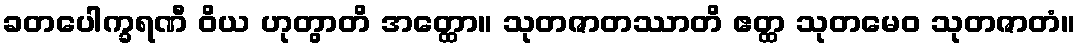
ခတပေါက္ခရဏီ ဝိယ ဟုတွာတိ အတ္ထော။ သုတဇာတဿာတိ ဧတ္ထ သုတမေဝ သုတဇာတံ။